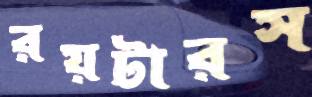
রয়টারস